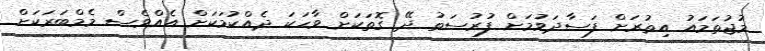
މުޖުތަމައު އިތުރަށް ފަސާދަވުމަށް ފުރުސަތު ދޭ ގޮތަކަށް ވާހަކަ ދެއްކުމަކަށް އެއްވެސް މެމްބަރަކަށް